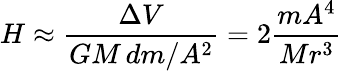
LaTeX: H\approx{\frac{\Delta V}{GM\, dm/A^{2}}}=2{\frac{mA^{4}}{Mr^{3}}}